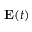
\mathbf { E } ( t )